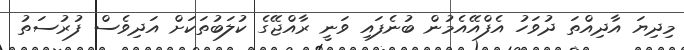
މިދިޔަ އާދިއްތަ ދުވަހު އެފްއޭއެމުން ބުނެފައި ވަނީ ރާއްޖޭގެ ކުލަބުތަކަށް އަދިވެސް ފުރުސަތު